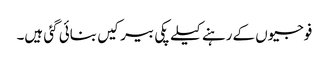
فوجیوں کےرہنے کیلے پکی بیرکیں بنائی گئی ہیں۔